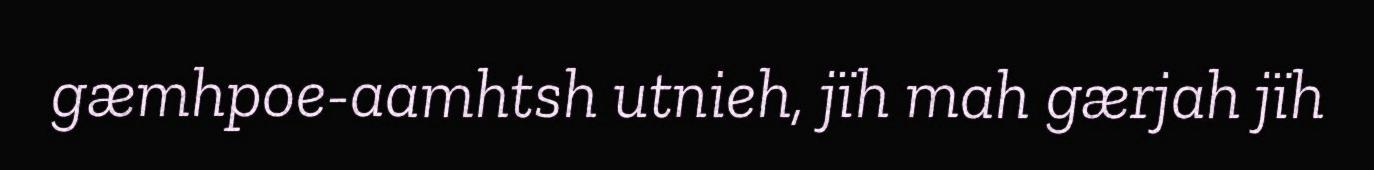
gæmhpoe-aamhtsh utnieh, jïh mah gærjah jïh